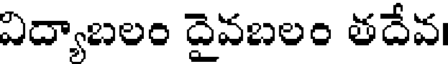
విద్యాబలం దైవబలం తదేవ